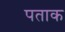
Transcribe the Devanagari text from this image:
पताक